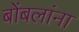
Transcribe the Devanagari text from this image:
बोंबलांना